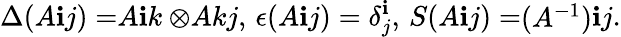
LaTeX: \Delta(\begin{array}{l}{{A}}\end{array}{\mathbf{i}}{j})=\begin{array}{l}{{A}}\end{array}{\mathbf{i}}{k}\otimes\begin{array}{l}{{A}}\end{array}{k}{j},\, \epsilon(\begin{array}{l}{{A}}\end{array}{\mathbf{i}}{j})=\delta_{j}^{\mathbf{i}},\, S(\begin{array}{l}{{A}}\end{array}{\mathbf{i}}{j})=\begin{array}{l}{{(A^{-1})}}\end{array}{\mathbf{i}}{j}.